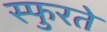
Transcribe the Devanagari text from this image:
स्फुरते